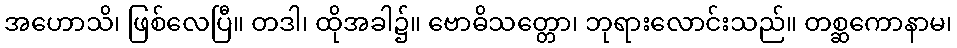
အဟောသိ၊ ဖြစ်လေပြီ။ တဒါ၊ ထိုအခါ၌။ ဗောဓိသတ္တော၊ ဘုရားလောင်းသည်။ တစ္ဆကောနာမ၊